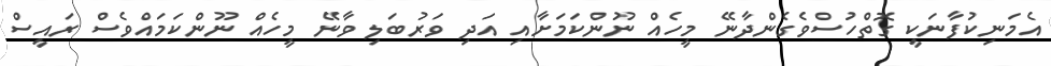
އެމަނިކުފާނަކީ ގޮތްހުސްވެގެންދާނޭ މީހެއް ނޫންކަމަށާއި އަދި ވަރުބަލި ވާނޭ މީހެއް ނޫންކަމައްވެސް ރައީސް